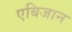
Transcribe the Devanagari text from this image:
एबिजान